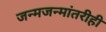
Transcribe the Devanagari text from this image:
जन्मजन्मांतरीही